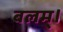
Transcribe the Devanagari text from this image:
बलम्।